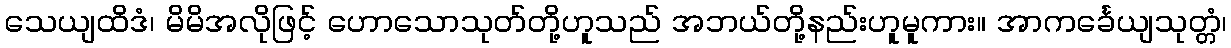
သေယျထိဒံ၊ မိမိအလိုဖြင့် ဟောသောသုတ်တို့ဟူသည် အဘယ်တို့နည်းဟူမူကား။ အာကင်္ခေယျသုတ္တံ၊